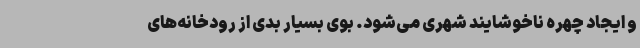
و ایجاد چهره ناخوشایند شهری می‌شود. بوی بسیار بدی از رودخانه‌های